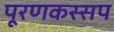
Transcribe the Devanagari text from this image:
पूरणकस्सप